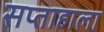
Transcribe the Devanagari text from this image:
सप्ताहाला